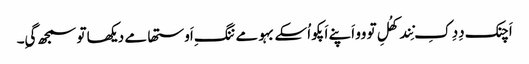
اَچنک دِدِ کِ نِند کھُلِ تو وو اَپنے اَپکو اُسکے بہو مے ننگِ اَوستھا مے دیکھا تو سمجھ گیِ۔